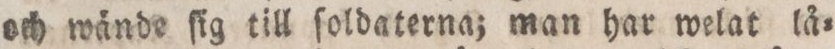
och wände ſig till ſoldaterna; man har welat lå=